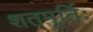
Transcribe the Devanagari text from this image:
शतमूर्तिः